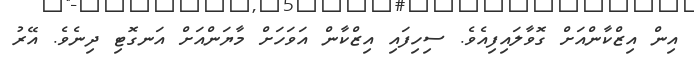
އިން އިޒްކާންއަށް ގޮވާލައިފިއެވެ. ސިހިފައި އިޒްކާން އަވަހަށް މާޔަންއަށް އަނގޮޓި ދިނެވެ. އޭރު